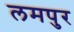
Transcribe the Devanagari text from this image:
लमपुर